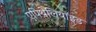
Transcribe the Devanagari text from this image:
एपिथेलियॉइड